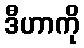
ဒီဟာကို